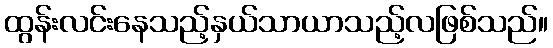
ထွန်းလင်းနေသည့်နှယ်သာယာသည့်လဖြစ်သည်။